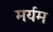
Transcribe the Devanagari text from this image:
मर्यम